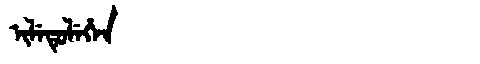
Manchu: ᡳᠯᡝᡨᡠᠯᡝᡥᡝᠨ
Romanization: ILETULEHEN